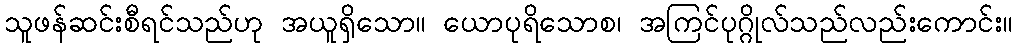
သူဖန်ဆင်းစီရင်သည်ဟု အယူရှိသော။ ယောပုရိသောစ၊ အကြင်ပုဂ္ဂိုလ်သည်လည်းကောင်း။